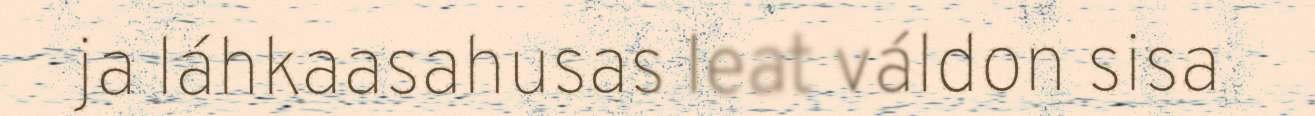
ja láhkaasahusas leat váldon sisa